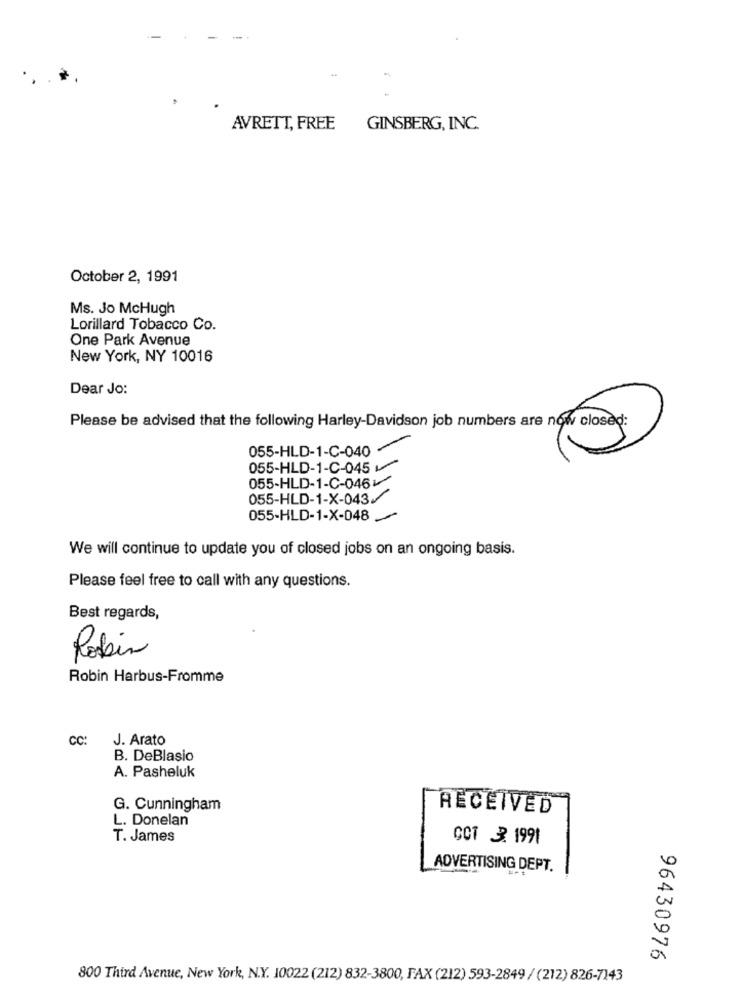
AVRETT, FREE GINSBERG, INC.
October 2, 1991
Ms. Jo McHugh
Lorillard Tobacco Co.
One Park Avenue
New York, NY 10016
Dear Jo:
Please be advised that the following Harley-Davidson job numbers are now closed:
055-HLD-1-C-040
055-HLD-1-C-045
055-HLD-1-C-046
055-HLD-1-X-043/
055-HLD-1-X-048
We will continue to update you of closed jobs on an ongoing basis.
Please feel free to call with any questions.
Best regards,
Robin
Robin Harbus-Fromme
CC:
J. Arato
B. DeBlasio
A. Pasheluk
G. Cunningham
RECEIVED
L. Donelan
T. James
CCT 3. 1991
ADVERTISING DEPT.
96430976
800 Third Avenue, New York, N.Y. 10022 (212) 832-3800, FAX (212) 593-2849 / (212) 826-7143